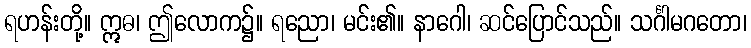
ရဟန်းတို့။ ဣဓ၊ ဤလောက၌။ ရညော၊ မင်း၏။ နာဂေါ၊ ဆင်ပြောင်သည်။ သင်္ဂါမဂတော၊